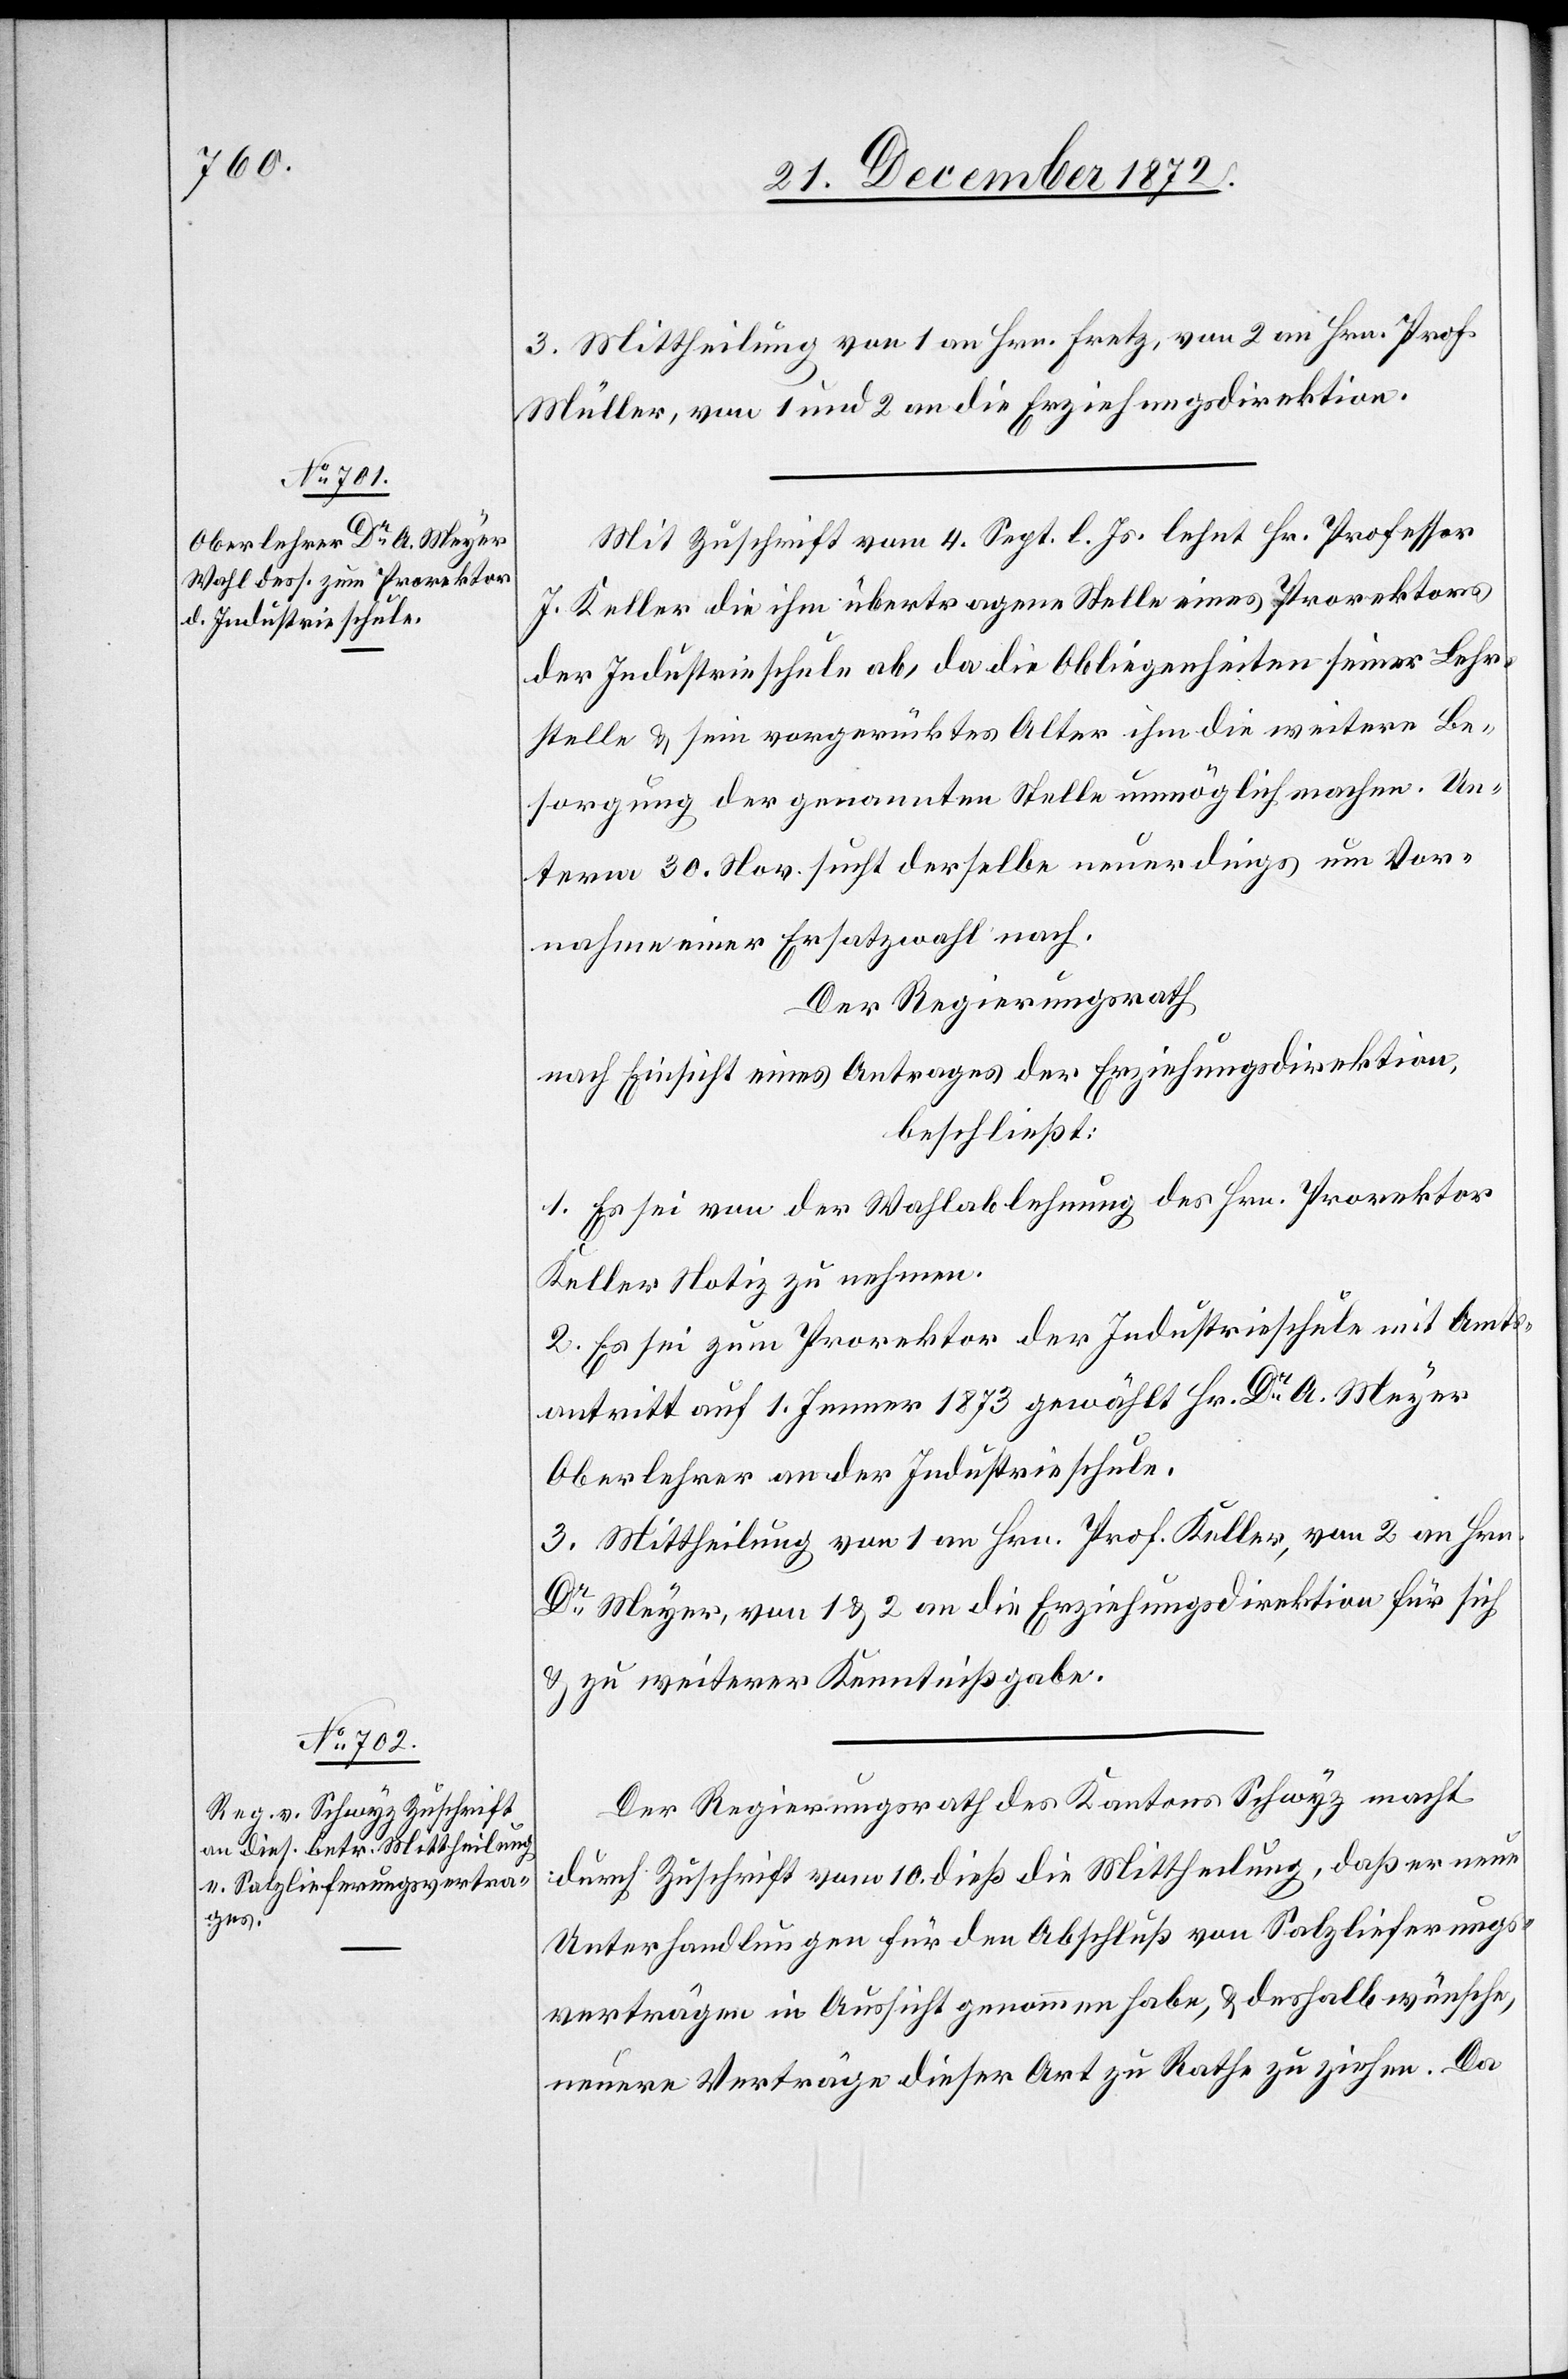
3. Mittheilung von 1 an Hrn. Fretz, von 2 an Hrn. Prof.
Müller, von 1 und 2 an die Erziehungsdirektion.
Mit Zuschrift vom 4. Sept. l. Js. lehnt Hr. Professor
J. Keller die ihm übertragene Stelle eines Prorektors
der Industrieschule ab, da die Obliegenheiten seiner Lehr¬
stelle u. sein vorgerücktes Alter ihm die weitere Be¬
sorgung der genannten Stelle unmöglich machen. Un¬
term 30. Nov. sucht derselbe neuerdings um Vor¬
nahme einer Ersatzwahl nach.
Der Regierungsrath
nach Einsicht eines Antrages der Erziehungsdirektion,
beschließt:
1. Es sei von der Wahlablehnung des Hrn. Prorektor
Keller Notiz zu nehmen.
2. Es sei zum Prorektor der Industrieschule mit Amts¬
antritt auf 1. Jenner 1873 gewählt Hr. Dr A. Meyer
Oberlehrer an der Industrieschule.
3. Mittheilung von 1 an Hrn. Prof. Keller, von 2 an Hrn.
Dr Meyer, von 1 u. 2 an die Erziehungsdirektion für sich
u. zu weiterer Kenntnißgabe.
Der Regierungsrath des Kantons Schwyz macht
durch Zuschrift vom 10. dieß die Mittheilung, daß er neue
Unterhandlungen für den Abschluß von Salzlieferungs¬
verträgen in Aussicht genommen habe, u. deshalb wünsche,
neuere Verträge dieser Art zu Rathe zu ziehen. Da